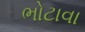
ભોટાવા